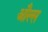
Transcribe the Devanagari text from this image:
औल्स